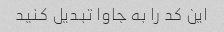
این کد را به جاوا تبدیل کنید